Vaccination in Bombay 1869-1873 - 1869-1873
Year: 1869
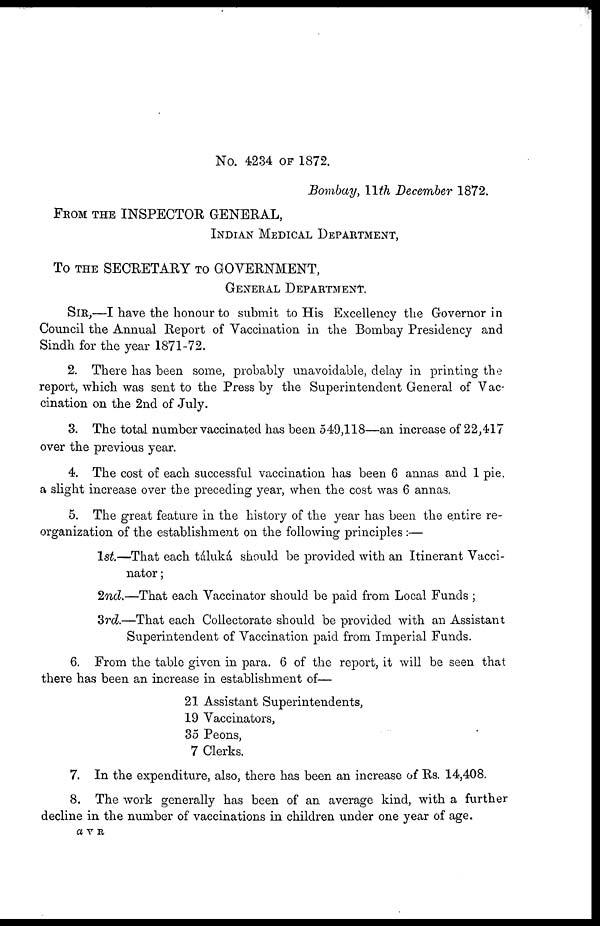
No. 4234 OF 1872.
Bombay, 11th December 1872.
FROM THE INSPECTOR GENERAL,
INDIAN MEDICAL DEPARTMENT,
To THE SECRETARY TO GOVERNMENT,
GENERAL DEPARTMENT.
SIR,—I have the honour to submit to His Excellency the Governor in
Council the Annual Report of Vaccination in the Bombay Presidency and
Sindh for the year 1871-72.
2. There has been some, probably unavoidable, delay in printing the
report, which was sent to the Press by the Superintendent General of Vac-
cination on the 2nd of July.
3. The total number vaccinated has been 549,118—an increase of 22,417
over the previous year.
4. The cost of each successful vaccination has been 6 annas and 1 pie,
a slight increase over the preceding year, when the cost was 6 annas.
5. The great feature in the history of the year has been the entire re-
organization of the establishment on the following principles :—
1st—That each táluká should be provided with an Itinerant Vacci-
nator ;
2nd.—That each Vaccinator should be paid from Local Funds ;
3rd.—That each Collectorate should be provided with an Assistant
Superintendent of Vaccination paid from Imperial Funds.
6. From the table given in para. 6 of the report, it will be seen that
there has been an increase in establishment of—
21 Assistant Superintendents,
19 Vaccinators,
35 Peons,
7 Clerks.
7. In the expenditure, also, there has been an increase of Rs. 14,408.
8. The work generally has been of an average kind, with a further
decline in the number of vaccinations in children under one year of age.
a V R